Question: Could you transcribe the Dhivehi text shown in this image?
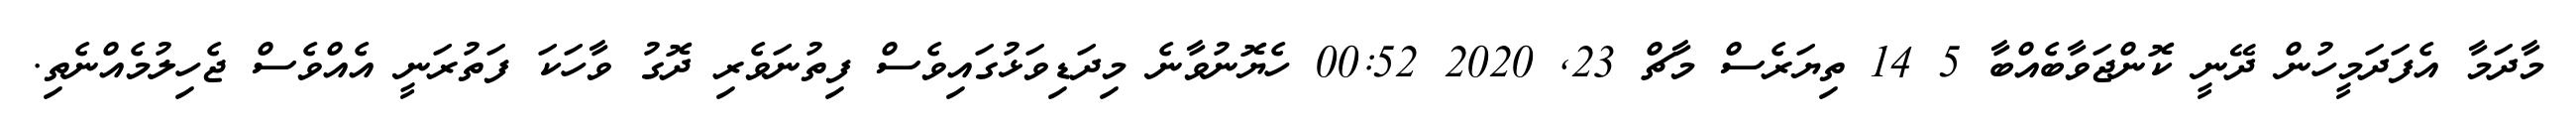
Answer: މާދަމާ އެފަދަމީހުން ދޭނީ ކޮންޖަވާބެއްބާ 5 14 ތިޔަރެސް މާޗް 23, 2020 00:52 ހެޔޮނުވާނެ މިދަޑިވަޅުގައިވެސް ފިތުނަވެރި ދޮގު ވާހަކަ ފަތުރަނީ އެއްވެސް ޖެހިލުމެއްނެތި.